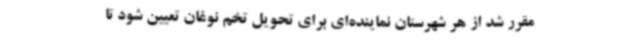
مقرر شد از هر شهرستان نماینده‌ای برای تحویل تخم نوغان تعیین شود تا